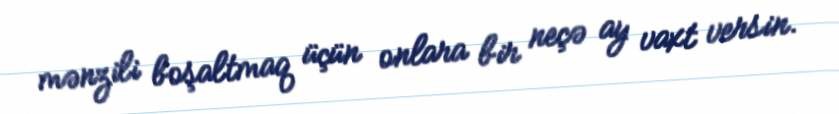
mənzili boşaltmaq üçün onlara bir neçə ay vaxt versin.